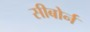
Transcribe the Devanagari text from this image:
सीबोर्न